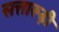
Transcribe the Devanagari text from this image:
सत्तारूढ़ी